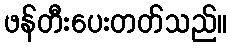
ဖန်တီးပေးတတ်သည်။